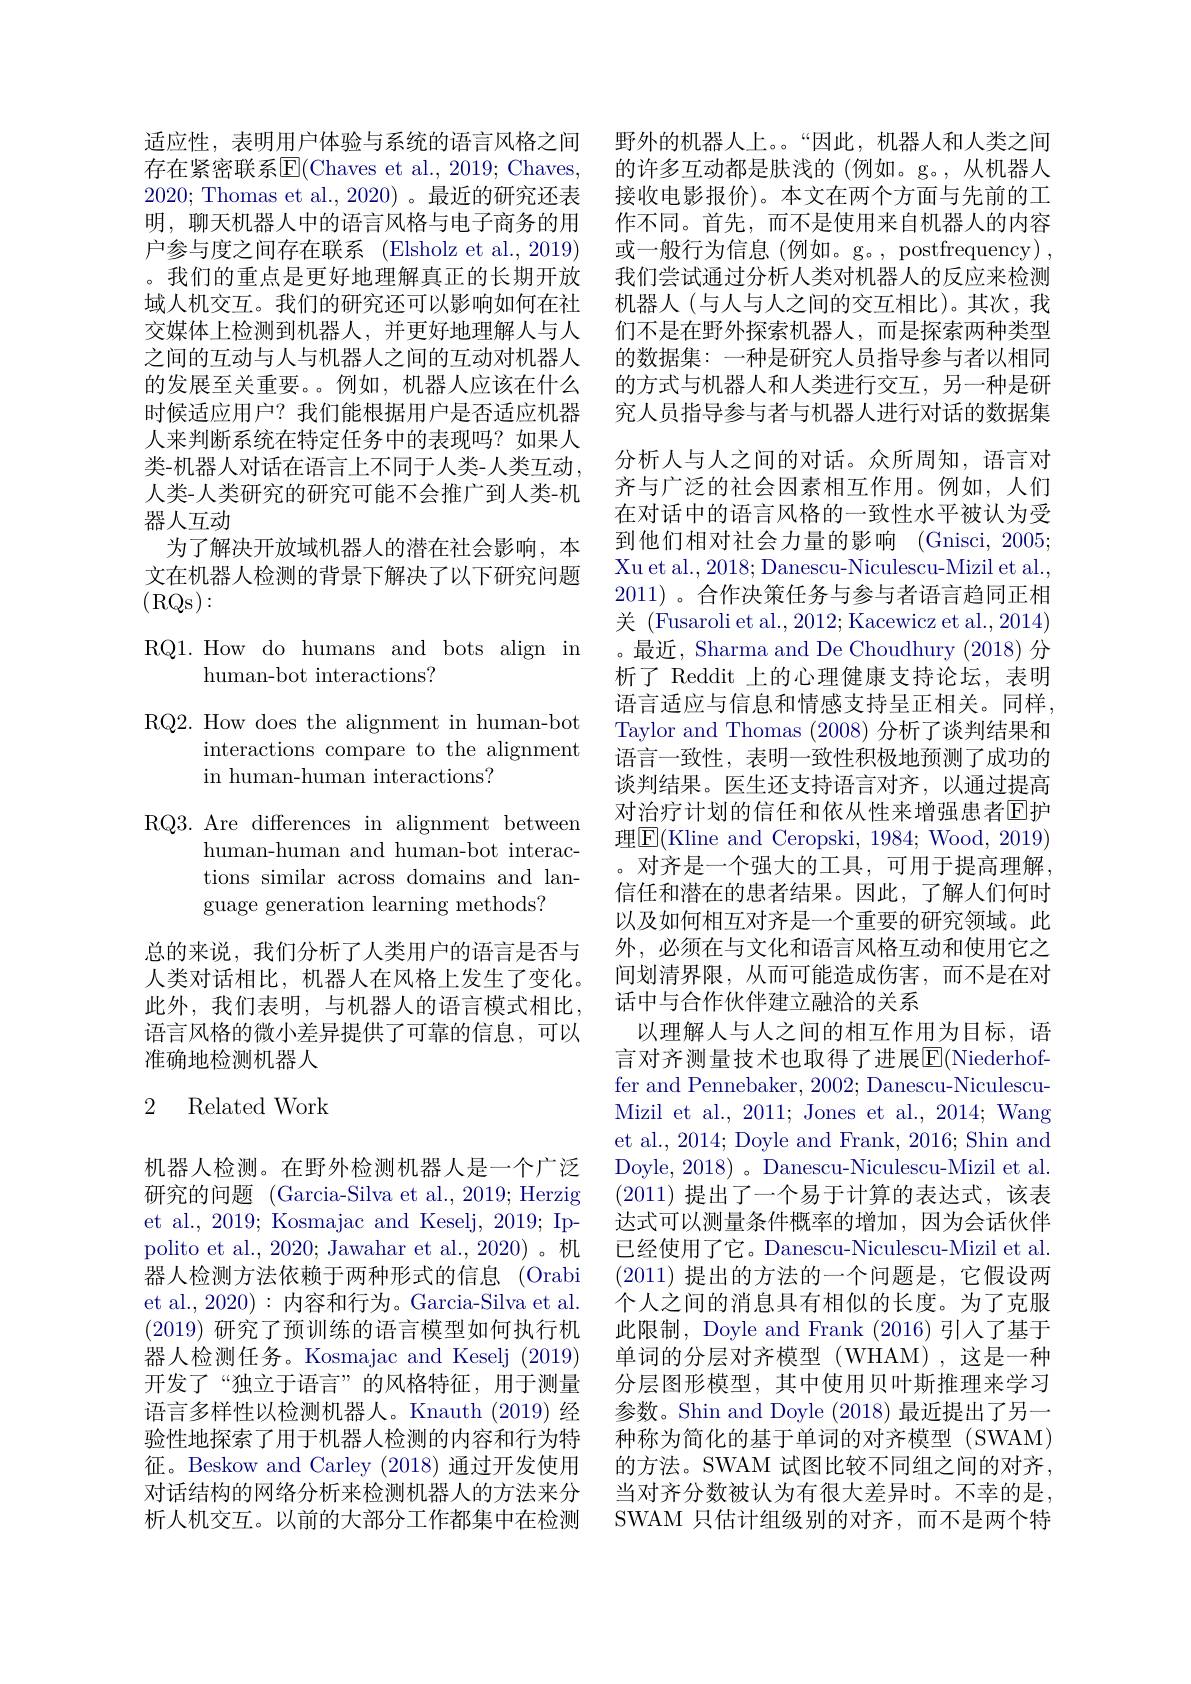
适应性，表明用户体验与系统的语言风格之间存在紧密联系$\boxed{\mathrm{F}}($Chaves et al., 2019; Chaves, 2020; Thomas et al.,2020)。最近的研究还表明，聊天机器人中的语言风格与电子商务的用户参与度之间存在联系 (Elsholz et al., 2019) 。我们的重点是更好地理解真正的长期开放域人机交互。我们的研究还可以影响如何在社交媒体上检测到机器人，并更好地理解人与人之间的互动与人与机器人之间的互动对机器人的发展至关重要。例如，机器人应该在什么时候适应用户？我们能根据用户是否适应机器人来判断系统在特定任务中的表现吗？如果人类-机器人对话在语言上不同于人类-人类互动， 人类-人类研究的研究可能不会推广到人类-机器人互动
为了解决开放域机器人的潜在社会影响，本文在机器人检测的背景下解决了以下研究问题(RQs):

RQ1. How do humans and bots align in
## human-bot interactions?

RQ2. How does the alignment in human-bot
interactions compare to the alignment
in human-human interactions?

RQ3. Are differences in alignment between
human-human and human-bot interactions similar across domains and language generation learning methods?

总的来说，我们分析了人类用户的语言是否与人类对话相比，机器人在风格上发生了变化。此外，我们表明，与机器人的语言模式相比， 语言风格的微小差异提供了可靠的信息，可以准确地检测机器人

### 2 Related Work

机器人检测。在野外检测机器人是一个广泛研究的问题 (Garcia-Silva et al., 2019; Herzig et al., 2019; Kosmajac and Keselj, 2019; Ippolito et al., 2020; Jawahar et al., 2020)。机器人检测方法依赖于两种形式的信息(Orabi et al., 2020): 内容和行为。Garcia-Silva et al. (2019)研究了预训练的语言模型如何执行机器人检测任务。Kosmajac and Keselj (2019) 开发了“独立于语言”的风格特征，用于测量语言多样性以检测机器人。Knauth (2019) 经验性地探索了用于机器人检测的内容和行为特征。Beskow and Carley (2018)通过开发使用对话结构的网络分析来检测机器人的方法来分析人机交互。以前的大部分工作都集中在检测

野外的机器人上。“因此，机器人和人类之间的许多互动都是肤浅的(例如。g。,从机器人接收电影报价)。本文在两个方面与先前的工作不同。首先，而不是使用来自机器人的内容或一般行为信息(例如。g。, postfrequency), 我们尝试通过分析人类对机器人的反应来检测机器人(与人与人之间的交互相比)。其次，我们不是在野外探索机器人，而是探索两种类型的数据集：一种是研究人员指导参与者以相同的方式与机器人和人类进行交互，另一种是研究人员指导参与者与机器人进行对话的数据集分析人与人之间的对话。众所周知，语言对齐与广泛的社会因素相互作用。例如，人们在对话中的语言风格的一致性水平被认为受到他们相对社会力量的影响(Gnisci, 2005; Xu et al., 2018; Danescu-Niculescu-Mizil et al. 2011)。合作决策任务与参与者语言趋同正相关 (Fusaroli et al., 2012; Kacewicz et al., 2014) 。最近，Sharma and De Choudhury (2018) 分析了 Reddit 上的心理健康支持论坛，表明语言适应与信息和情感支持呈正相关。同样， Taylor and Thomas (2008)分析了谈判结果和语言一致性，表明一致性积极地预测了成功的谈判结果。医生还支持语言对齐，以通过提高对治疗计划的信任和依从性来增强患者回护理$\boxed{\mathrm{F}}($Kline and Ceropski, 1984; Wood, 2019) 。对齐是一个强大的工具，可用于提高理解， 信任和潜在的患者结果。因此，了解人们何时以及如何相互对齐是一个重要的研究领域。此外，必须在与文化和语言风格互动和使用它之间划清界限，从而可能造成伤害，而不是在对话中与合作伙伴建立融洽的关系
以理解人与人之间的相互作用为目标，语言对齐测量技术也取得了进展$\overline{\mathbb{E}}($Niederhoffer and Pennebaker, 2002; Danescu-NiculescuMizil et al., 2011; Jones et al., 2014; Wang et al., 2014; Doyle and Frank, 2016; Shin and Doyle, 2018)。Danescu-Niculescu-Mizil et al. (2011)提出了一个易于计算的表达式，该表达式可以测量条件概率的增加，因为会话伙伴已经使用了它。Danescu-Niculescu-Mizil et al. (2011)提出的方法的一个问题是，它假设两个人之间的消息具有相似的长度。为了克服此限制，Doyle and Frank (2016)引入了基于单词的分层对齐模型(WHAM),这是一种分层图形模型，其中使用贝叶斯推理来学习参数。Shin and Doyle (2018) 最近提出了另一种称为简化的基于单词的对齐模型(SWAM) 的方法。SWAM 试图比较不同组之间的对齐， 当对齐分数被认为有很大差异时。不幸的是， SWAM 只估计组级别的对齐，而不是两个特